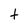
Character: t